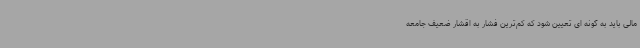
مالی باید به گونه ای تعیین شود که کم‌ترین فشار به اقشار ضعیف جامعه